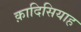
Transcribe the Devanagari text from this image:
क़ादिसियाह